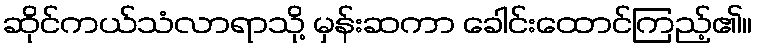
ဆိုင်ကယ်သံလာရာသို့ မှန်းဆကာ ခေါင်းထောင်ကြည့်၏။